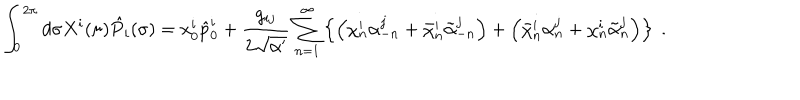
\int _ { 0 } ^ { 2 \pi } d \sigma X ^ { i } ( \sigma ) \hat { P } _ { i } ( \sigma ) = x _ { 0 } ^ { i } \hat { p } _ { 0 } ^ { i } + \frac { g _ { i j } } { 2 \sqrt { \alpha ^ { \prime } } } \sum _ { n = 1 } ^ { \infty } \left\{ \left( \chi _ { n } ^ { i } \alpha _ { - n } ^ { j } + \bar { \chi } _ { n } ^ { i } \tilde { \alpha } _ { - n } ^ { j } \right) + \left( \bar { \chi } _ { n } ^ { i } \alpha _ { n } ^ { j } + \chi _ { n } ^ { i } \tilde { \alpha } _ { n } ^ { j } \right) \right\} ~ .